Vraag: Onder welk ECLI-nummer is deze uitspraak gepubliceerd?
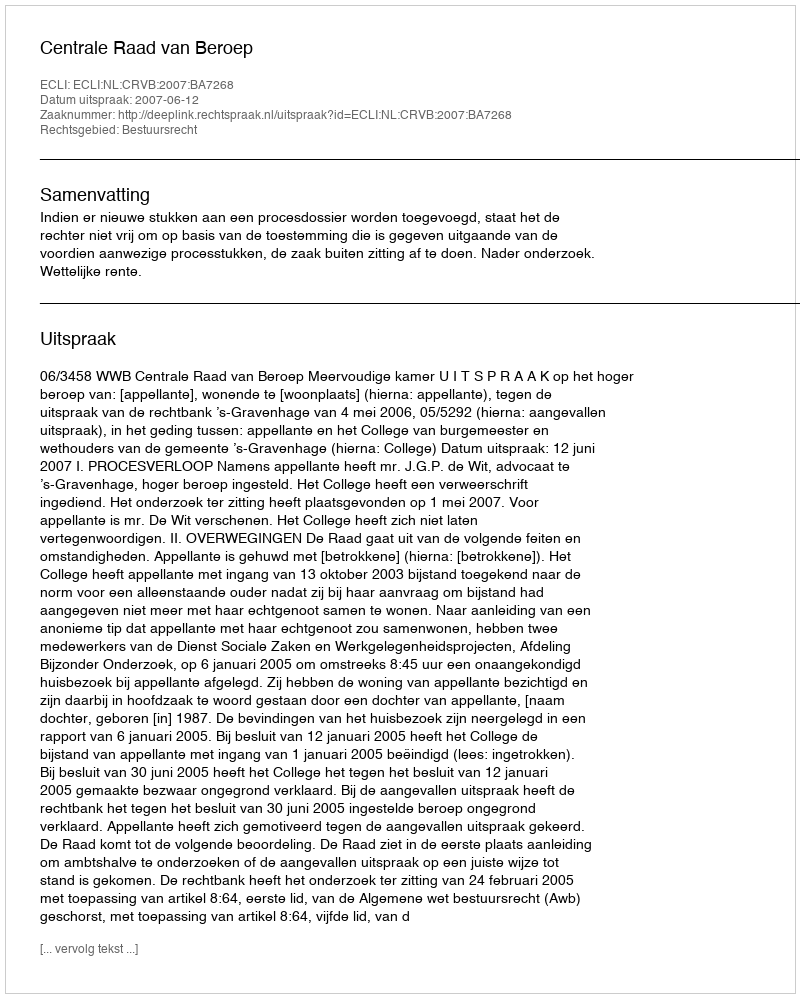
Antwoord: ECLI:NL:CRVB:2007:BA7268